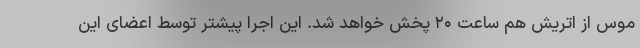
موس از اتریش هم ساعت ۲۰ پخش خواهد شد. این اجرا پیشتر توسط اعضای این